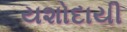
યશોદાયી